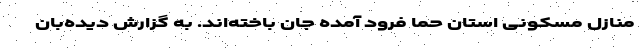
منازل مسکونی استان حما فرود آمده جان باخته‌اند. به گزارش دیده‌بان